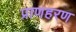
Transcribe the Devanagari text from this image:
प्राणहरण